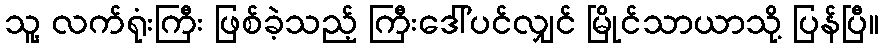
သူ့ လက်ရုံးကြီး ဖြစ်ခဲ့သည့် ကြီးဒေါ်ပင်လျှင် မြိုင်သာယာသို့ ပြန်ပြီ။